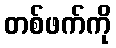
တစ်ဖက်ကို